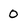
Character: 0